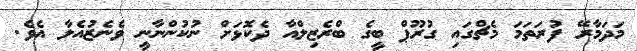
މަދަމާރޭ ފުރަތަމަ މެޗްގައި ގުރޫޕް ބީގެ ބްރެޒިލްއާ ދެކޮޅަށް ނުކުންނާނީ ވެނެޒުއެލާ އެވެ.